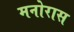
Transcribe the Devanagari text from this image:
मनोरास